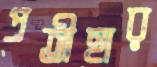
প্রতীহার